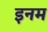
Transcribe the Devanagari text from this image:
इनम